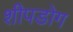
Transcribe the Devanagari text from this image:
शीपडोग